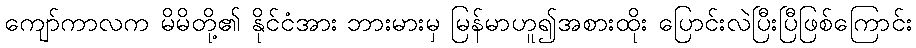
ကျော်ကာလက မိမိတို့၏ နိုင်ငံအား ဘားမားမှ မြန်မာဟူ၍အစားထိုး ပြောင်းလဲပြီးပြီဖြစ်ကြောင်း